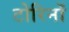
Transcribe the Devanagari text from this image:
टोरिनों